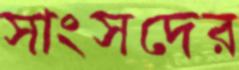
সাংসদের